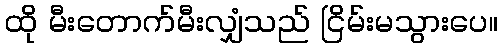
ထို မီးတောက်မီးလျှံသည် ငြိမ်းမသွားပေ။